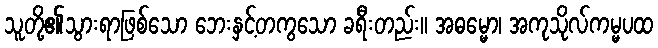
သူတို့၏သွားရာဖြစ်သော ဘေးနှင့်တကွသော ခရီးတည်း။ အဓမ္မော၊ အကုသိုလ်ကမ္မပထ